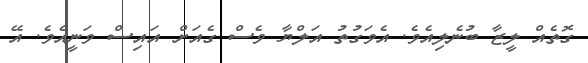
ގޮތެއް ލީޒާ ބުނެލިއެވެ. އެވަގުތު އަލްޔާ ވެސް ގެއަށް އައިސް ވަނީއެވެ. އޭ